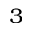
^ { 3 }